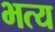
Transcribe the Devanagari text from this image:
भत्य